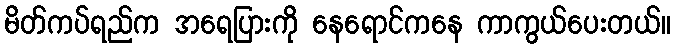
မိတ်ကပ်ရည်က အရေပြားကို နေရောင်ကနေ ကာကွယ်ပေးတယ်။